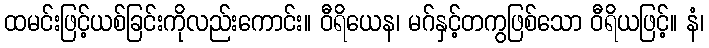
ထမင်းဖြင့်ယစ်ခြင်းကိုလည်းကောင်း။ ဝီရိယေန၊ မဂ်နှင့်တကွဖြစ်သော ဝီရိယဖြင့်။ နံ၊